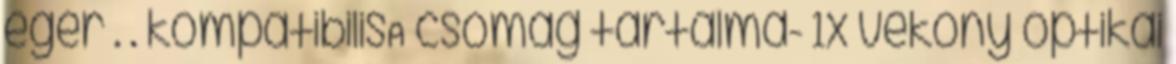
egér . . kompatibilisA csomag tartalma- 1x vékony optikai